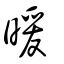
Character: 暖